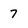
Character: 7